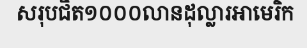
សរុបជិត១០០០លានដុល្លារអាមេរិក